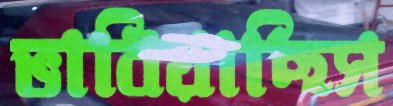
ভাবিয়াছিস